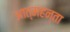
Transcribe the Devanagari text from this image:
आत्महन्ता